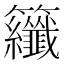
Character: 𮇂